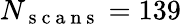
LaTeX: N_{\mathrm{~s~c~a~n~s~}}=139